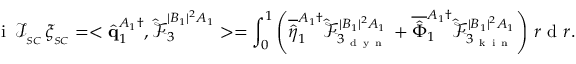
\mathrm { ~ i ~ } \, \mathcal { I } _ { _ { S C } } \, \xi _ { _ { S C } } = < \hat { \mathbf { q } } _ { 1 } ^ { A _ { 1 } \dagger } , \boldsymbol { \hat { \mathcal { F } } } _ { 3 } ^ { | B _ { 1 } | ^ { 2 } A _ { 1 } } > = \int _ { 0 } ^ { 1 } \left( \overline { { \hat { \eta } } } _ { 1 } ^ { A _ { 1 } \dagger } \hat { \mathcal { F } } _ { 3 _ { \mathrm { ~ d ~ y ~ n ~ } } } ^ { | B _ { 1 } | ^ { 2 } A _ { 1 } } + \overline { { \hat { \Phi } } } _ { 1 } ^ { A _ { 1 } \dagger } \hat { \mathcal { F } } _ { 3 _ { \mathrm { ~ k ~ i ~ n ~ } } } ^ { | B _ { 1 } | ^ { 2 } A _ { 1 } } \right) \, r \mathrm { ~ d ~ } r .